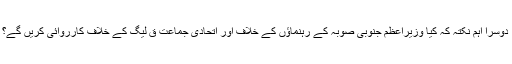
دوسرا اہم نکتہ کہ کیا وزیراعظم جنوبی صوبہ کے رہنماؤں کے خلاف اور اتحادی جماعت ق لیگ کے خلاف کارروائی کریں گے؟